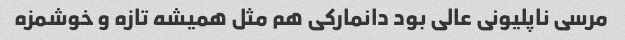
مرسی ناپلیونی عالی بود دانمارکی هم مثل همیشه تازه و خوشمزه